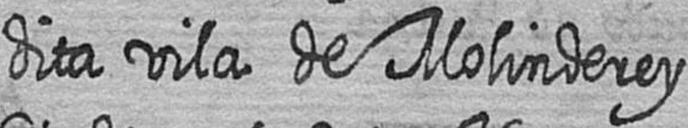
dita vila de Molinderey